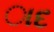
ાદ